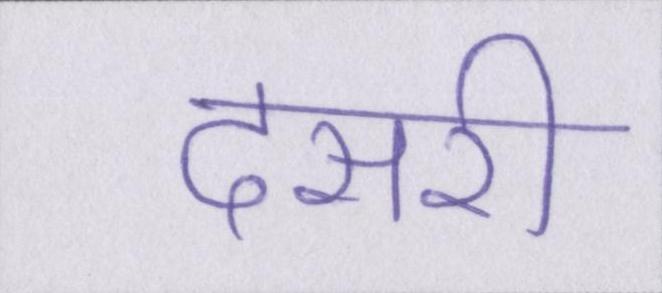
दसरी